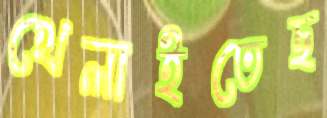
খেলাইতেছ